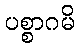
ပစ္စာဂမိ